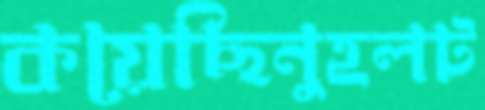
কয়েছিনুহলট